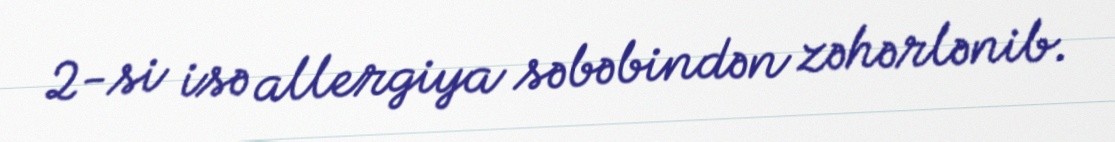
2-si isə allergiya səbəbindən zəhərlənib.